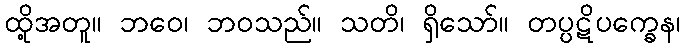
ထို့အတူ။ ဘဝေ၊ ဘဝသည်။ သတိ၊ ရှိသော်။ တပ္ပဋိပက္ခေန၊